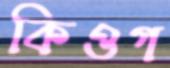
কিওগ